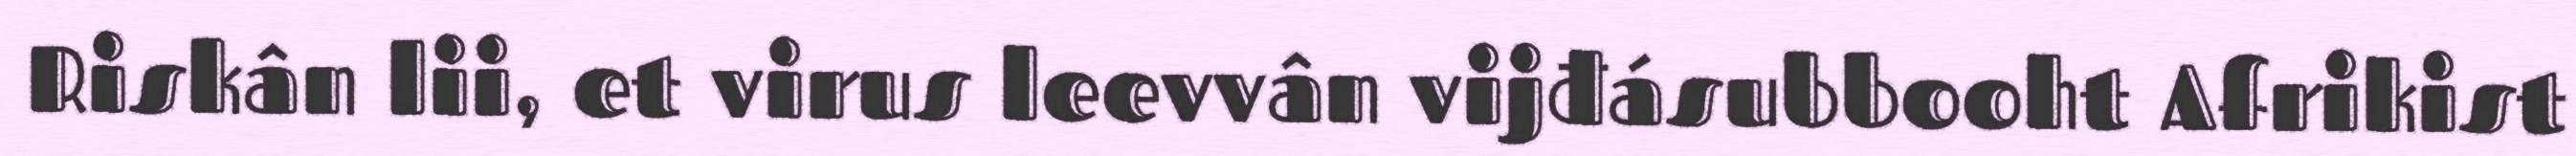
Riskân lii, et virus leevvân vijđásubbooht Afrikist